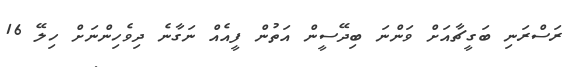
ރަސްރަނި ބަގީޗާއަށް ވަންނަ ބިދޭސީން އަތުން ފީއެއް ނަގާނެ ދިވެހިންނަށް ހިލޭ 16